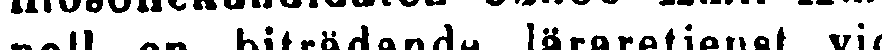
nell en biträdande läraretjenst vid